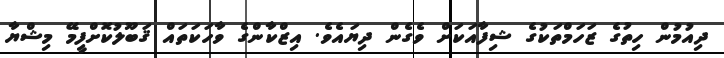
ދިއުމުން ހިތުގެ ޒަހަމްތަކުގެ ޝިފާއަކަށް ވެގެން ދިޔައެވެ. އިޒްކާންގެ ވާހަކަތައް ޤަބޫލުކޮށްފީމޭ މިޝްޔާ